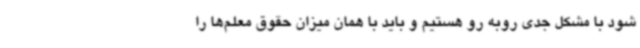
شود با مشکل جدی روبه رو هستیم و باید با همان میزان حقوق معلم‌ها را